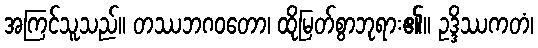
အကြင်သူသည်။ တဿဘဂဝတော၊ ထိုမြတ်စွာဘုရား၏။ ဥဒ္ဒိဿကတံ၊